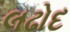
લઢોદ